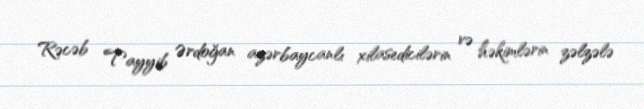
Rəcəb Tayyib Ərdoğan azərbaycanlı xilasedicilərin və həkimlərin zəlzələ